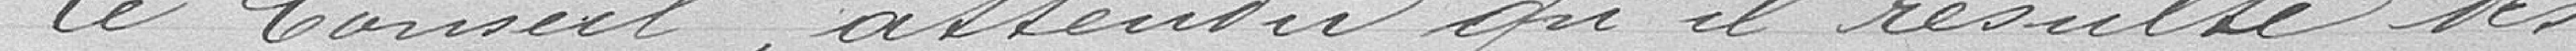
Le Conseil, attendu qu'il résulte des